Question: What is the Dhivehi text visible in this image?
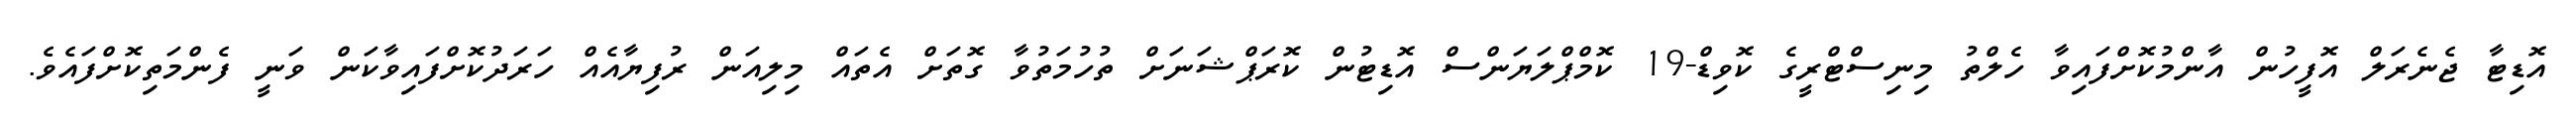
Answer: އޮޑިޓާ ޖެނެރަލް އޮފީހުން އާންމުކޮށްފައިވާ ހެލްތު މިނިސްޓްރީގެ ކޮވިޑް-19 ކޮމްޕްލަޔަންސް އޮޑިޓުން ކޮރަޕްޝަނަށް ތުހުމަތުވާ ގޮތަށް އެތައް މިލިއަން ރުފިޔާއެއް ހަރަދުކޮށްފައިވާކަން ވަނީ ފެންމަތިކޮށްފައެވެ.